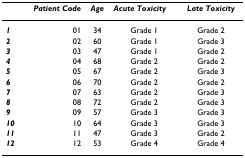
<table><thead><tr><td></td><td><b><i>Patient Code</i></b></td><td><b><i>Age</i></b></td><td><b><i>Acute Toxicity</i></b></td><td><b><i>Late Toxicity</i></b></td></tr></thead><tbody><tr><td><b><i>1</i></b></td><td>01</td><td>34</td><td>Grade 1</td><td>Grade 2</td></tr><tr><td><b><i>2</i></b></td><td>02</td><td>60</td><td>Grade 1</td><td>Grade 3</td></tr><tr><td><b><i>3</i></b></td><td>03</td><td>47</td><td>Grade 1</td><td>Grade 2</td></tr><tr><td><b><i>4</i></b></td><td>04</td><td>68</td><td>Grade 2</td><td>Grade 2</td></tr><tr><td><b><i>5</i></b></td><td>05</td><td>67</td><td>Grade 2</td><td>Grade 3</td></tr><tr><td><b><i>6</i></b></td><td>06</td><td>70</td><td>Grade 2</td><td>Grade 2</td></tr><tr><td><b><i>7</i></b></td><td>07</td><td>63</td><td>Grade 2</td><td>Grade 3</td></tr><tr><td><b><i>8</i></b></td><td>08</td><td>72</td><td>Grade 2</td><td>Grade 3</td></tr><tr><td><b><i>9</i></b></td><td>09</td><td>57</td><td>Grade 3</td><td>Grade 3</td></tr><tr><td><b><i>10</i></b></td><td>10</td><td>64</td><td>Grade 3</td><td>Grade 3</td></tr><tr><td><b><i>11</i></b></td><td>11</td><td>47</td><td>Grade 3</td><td>Grade 2</td></tr><tr><td><b><i>12</i></b></td><td>12</td><td>53</td><td>Grade 4</td><td>Grade 4</td></tr></tbody></table>